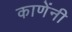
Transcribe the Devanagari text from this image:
काणेंनी